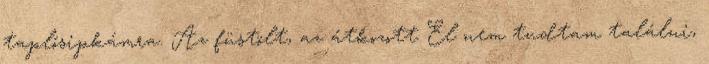
taplósipkámra. Az füstölt, az átkozott El nem tudtam találni,